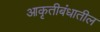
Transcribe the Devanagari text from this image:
आकृतीबंधातील